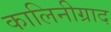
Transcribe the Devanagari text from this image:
कालिनीग्राद